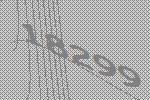
18299